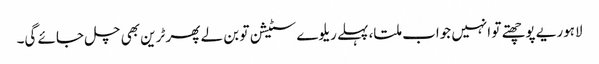
لاہوریے پوچھتے تو انہیں جواب ملتا، پہلے ریلوے سٹیشن تو بن لے پھر ٹرین بھی چل جائے گی۔